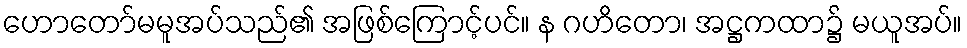
ဟောတော်မမူအပ်သည်၏ အဖြစ်ကြောင့်ပင်။ န ဂဟိတော၊ အဋ္ဌကထာ၌ မယူအပ်။